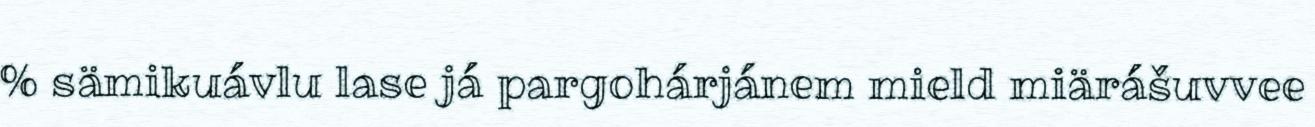
% sämikuávlu lase já pargohárjánem mield miärášuvvee